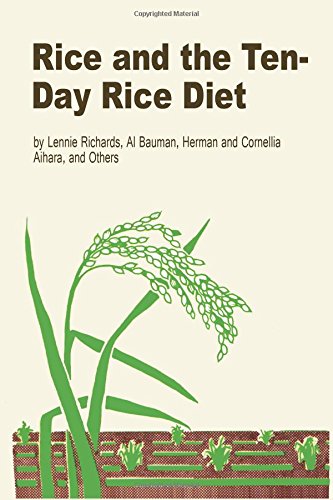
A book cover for Rice and the Ten-Day Rice Diet; Lennie Richards; Health, Fitness & Dieting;